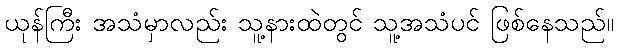
ယုန်ကြီး အသံမှာလည်း သူ့နားထဲတွင် သူ့အသံပင် ဖြစ်နေသည်။